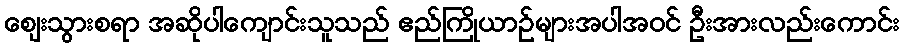
ဈေးသွားစရာ အဆိုပါကျောင်းသူသည် ဧည်ကြိုယာဉ်များအပါအဝင် ဦးအားလည်းကောင်း